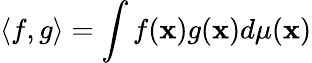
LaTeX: \langle f,g\rangle=\int f({\mathbf x})g({\mathbf x})d\mu({\mathbf x})